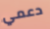
دعمي